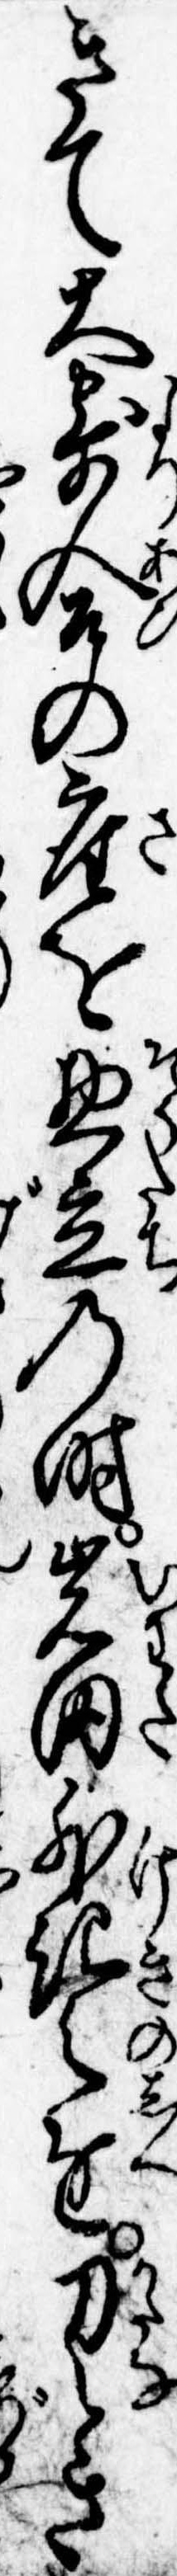
きて大寄合の座を惣立の時岩田外記之進刀とさ